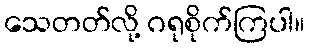
သေတတ်လို့ ဂရုစိုက်ကြပါ။